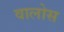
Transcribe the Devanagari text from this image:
वालोस